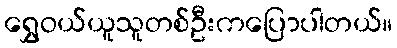
ရွှေဝယ်ယူသူတစ်ဦးကပြောပါတယ်။